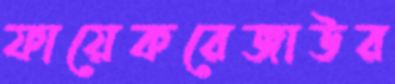
ফায়েকরেজাউর